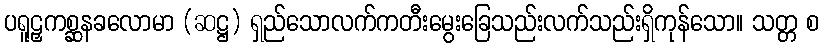
ပရူဠှကစ္ဆနခလောမာ (ဆဋ္ဌ) ရှည်သောလက်ကတီးမွေးခြေသည်းလက်သည်းရှိကုန်သော။ သတ္တ စ